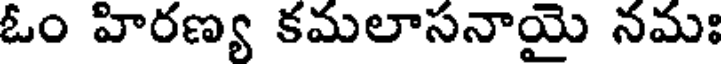
ఓం హిరణ్య కమలాసనాయై నమః